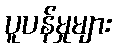
ပူပန်မှုများ